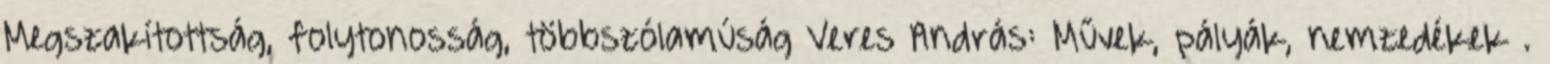
Megszakítottság, folytonosság, többszólamúság Veres András: Művek, pályák, nemzedékek .